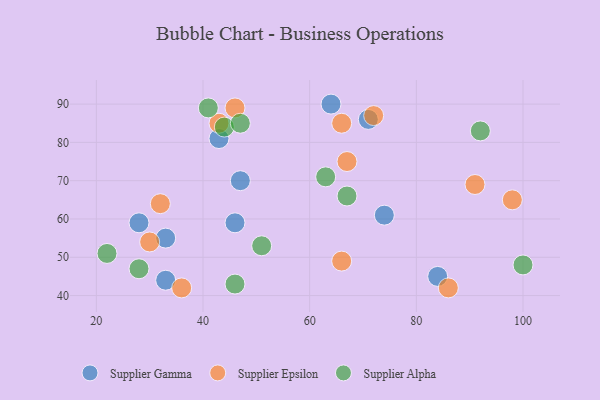
{"axis": {"x": "GDP", "y": "Life Expectancy"}, "legend": ["Supplier Alpha", "Supplier Epsilon", "Supplier Gamma"], "data": [{"x": "28", "y": 59, "type": "Supplier Gamma"}, {"x": "64", "y": 90, "type": "Supplier Gamma"}, {"x": "33", "y": 55, "type": "Supplier Gamma"}, {"x": "47", "y": 70, "type": "Supplier Gamma"}, {"x": "71", "y": 86, "type": "Supplier Gamma"}, {"x": "43", "y": 81, "type": "Supplier Gamma"}, {"x": "74", "y": 61, "type": "Supplier Gamma"}, {"x": "84", "y": 45, "type": "Supplier Gamma"}, {"x": "46", "y": 59, "type": "Supplier Gamma"}, {"x": "33", "y": 44, "type": "Supplier Gamma"}, {"x": "98", "y": 65, "type": "Supplier Epsilon"}, {"x": "66", "y": 85, "type": "Supplier Epsilon"}, {"x": "32", "y": 64, "type": "Supplier Epsilon"}, {"x": "30", "y": 54, "type": "Supplier Epsilon"}, {"x": "46", "y": 89, "type": "Supplier Epsilon"}, {"x": "43", "y": 85, "type": "Supplier Epsilon"}, {"x": "86", "y": 42, "type": "Supplier Epsilon"}, {"x": "36", "y": 42, "type": "Supplier Epsilon"}, {"x": "67", "y": 75, "type": "Supplier Epsilon"}, {"x": "72", "y": 87, "type": "Supplier Epsilon"}, {"x": "91", "y": 69, "type": "Supplier Epsilon"}, {"x": "66", "y": 49, "type": "Supplier Epsilon"}, {"x": "100", "y": 48, "type": "Supplier Alpha"}, {"x": "41", "y": 89, "type": "Supplier Alpha"}, {"x": "28", "y": 47, "type": "Supplier Alpha"}, {"x": "63", "y": 71, "type": "Supplier Alpha"}, {"x": "46", "y": 43, "type": "Supplier Alpha"}, {"x": "44", "y": 84, "type": "Supplier Alpha"}, {"x": "22", "y": 51, "type": "Supplier Alpha"}, {"x": "92", "y": 83, "type": "Supplier Alpha"}, {"x": "47", "y": 85, "type": "Supplier Alpha"}, {"x": "67", "y": 66, "type": "Supplier Alpha"}, {"x": "51", "y": 53, "type": "Supplier Alpha"}]}